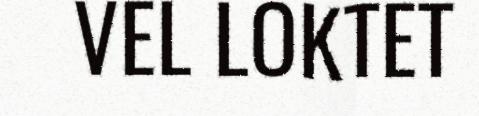
VEL LOKTET